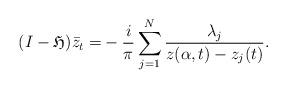
LaTeX: \begin{align*}(I-\mathfrak{H})\bar{z}_t=&-\frac{i}{\pi}\sum_{j=1}^N \frac{\lambda_j}{z(\alpha,t)-z_j(t)}.\end{align*}